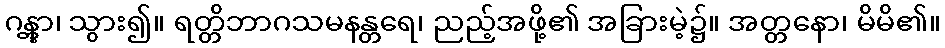
ဂန္တွာ၊ သွား၍။ ရတ္တိဘာဂသမနန္တရေ၊ ညည့်အဖို့၏ အခြားမဲ့၌။ အတ္တနော၊ မိမိ၏။